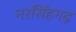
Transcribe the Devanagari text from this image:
नरसिँहगढ़